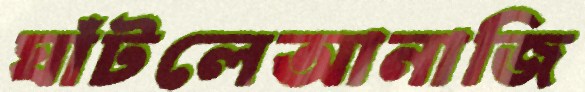
ঘাঁটলেআনাজি